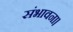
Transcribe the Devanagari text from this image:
संभावना।